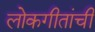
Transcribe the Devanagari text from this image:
लोकगीतांची